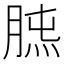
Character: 𦜯